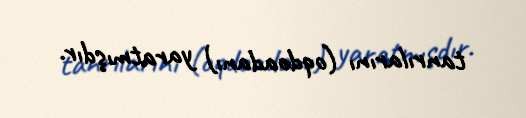
tanrılarını (oqdoadanı) yaratmışdır.